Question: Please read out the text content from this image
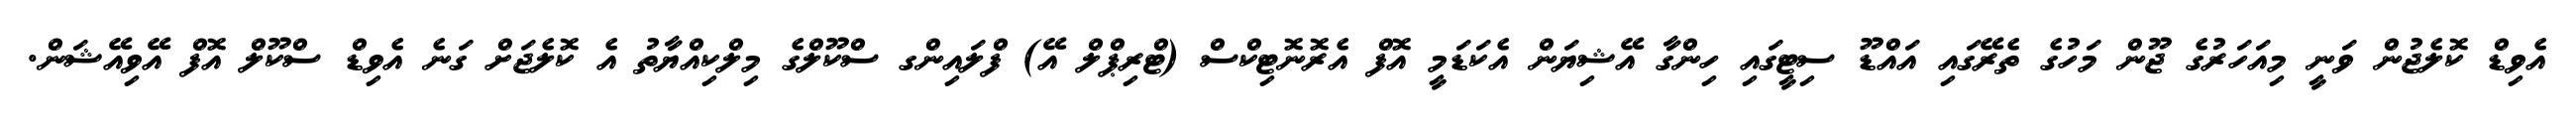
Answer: އެވިޑް ކޮލެޖުން ވަނީ މިއަހަރުގެ ޖޫން މަހުގެ ތެރޭގައި އައްޑޫ ސިޓީގައި ހިންގާ އޭޝިޔަން އެކަޑަމީ އޮފް އެރޮނޮޓިކްސް (ޓްރިޕްލް އޭ) ފްލައިންގ ސްކޫލްގެ މިލްކިއްޔާތު އެ ކޮލެޖަށް ގަނެ އެވިޑް ސްކޫލް އޮފް އޭވިއޭޝަން.